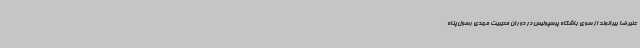
علیرضا بیرانوند از سوی باشگاه پرسپولیس در دوران مدیریت مهدی رسول‌پناه